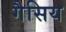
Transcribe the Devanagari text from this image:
गैसिय